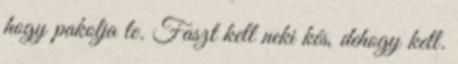
hogy pakolja le. Faszt kell neki kés, dehogy kell.